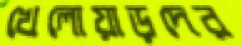
খেলোয়াড়দের